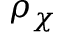
\rho _ { \chi }